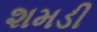
શમડી